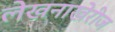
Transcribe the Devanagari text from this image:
लेखनाखेरीज